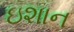
ઇશાન